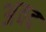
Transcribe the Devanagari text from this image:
अवद